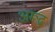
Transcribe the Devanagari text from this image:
अरूढ़